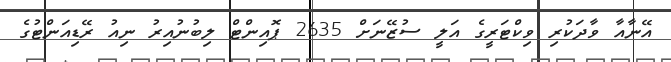
އޭނާއާ ވާދަކުރި ވިކްޓަރީގެ އަލީ ސުޒޭނަށް 2635 ޕޮއިންޓް ލިބުނުއިރު ނިއު ރޭޑިއަންޓުގެ